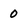
Character: 0